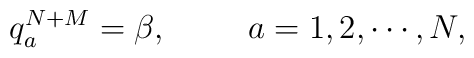
q_a^{N+M} = \beta ,\hskip10mm  a = 1,2,\cdots,N,